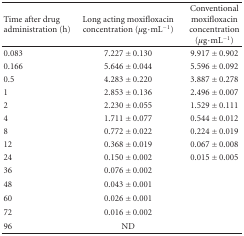
| Time after drug administration (h) | Long acting moxifloxacin concentration (μg·mL−1) | Conventional moxifloxacin concentration (μg·mL−1) |
 | --- | --- | --- |
 | 0.083 | 7.227 ± 0.130 | 9.917 ± 0.902 |
 | 0.166 | 5.646 ± 0.044 | 5.596 ± 0.092 |
 | 0.5 | 4.283 ± 0.220 | 3.887 ± 0.278 |
 | 1 | 2.853 ± 0.136 | 2.496 ± 0.007 |
 | 2 | 2.230 ± 0.055 | 1.529 ± 0.111 |
 | 4 | 1.711 ± 0.077 | 0.544 ± 0.012 |
 | 8 | 0.772 ± 0.022 | 0.224 ± 0.019 |
 | 12 | 0.368 ± 0.019 | 0.067 ± 0.008 |
 | 24 | 0.150 ± 0.002 | 0.015 ± 0.005 |
 | 36 | 0.076 ± 0.002 |  |
 | 48 | 0.043 ± 0.001 |  |
 | 60 | 0.026 ± 0.001 |  |
 | 72 | 0.016 ± 0.002 |  |
 | 96 | ND |  |